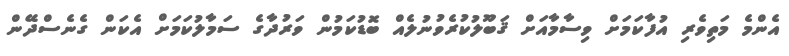
އެންމެ މަތިވެރި އުފާކަމަށް ވިސާމާއަށް ޤަބޫލުކުރެވުނުލެއް ބޮޑުކަމުން ވަރުދާގެ ސަމާލުކަމަށް އެކަން ގެނެސްދޭން